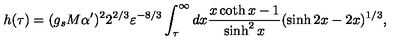
h ( \tau ) = ( g _ { s } M \alpha ^ { \prime } ) ^ { 2 } 2 ^ { 2 / 3 } \varepsilon ^ { - 8 / 3 } \int _ { \tau } ^ { \infty } d x { \frac { x \coth x - 1 } { \sinh ^ { 2 } x } } ( \sinh 2 x - 2 x ) ^ { 1 / 3 } ,